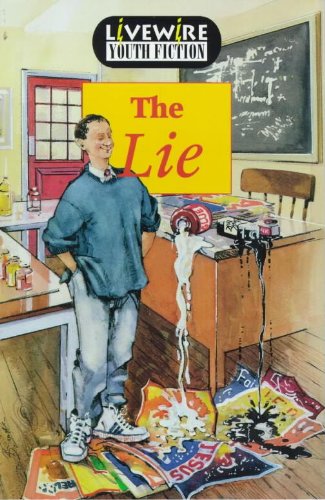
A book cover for Livewire: Youth Fiction; Peter Leigh; Teen & Young Adult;